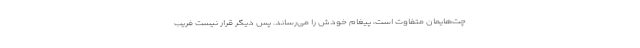
چت‌هایمان متفاوت است، پیغام خودش را می‌رساند. پس دیگر قرار نیست فریب